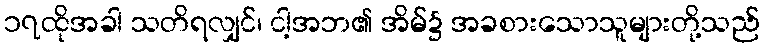
၁၇ထိုအခါ သတိရလျှင်၊ ငါ့အဘ၏ အိမ်၌ အခစားသောသူများတို့သည်